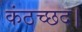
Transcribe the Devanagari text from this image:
कंठच्छद।